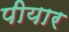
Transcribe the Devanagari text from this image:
पीयार